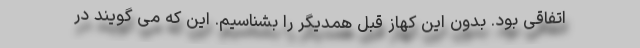
اتفاقی بود. بدون این کهاز قبل همدیگر را بشناسیم. این که می گویند در